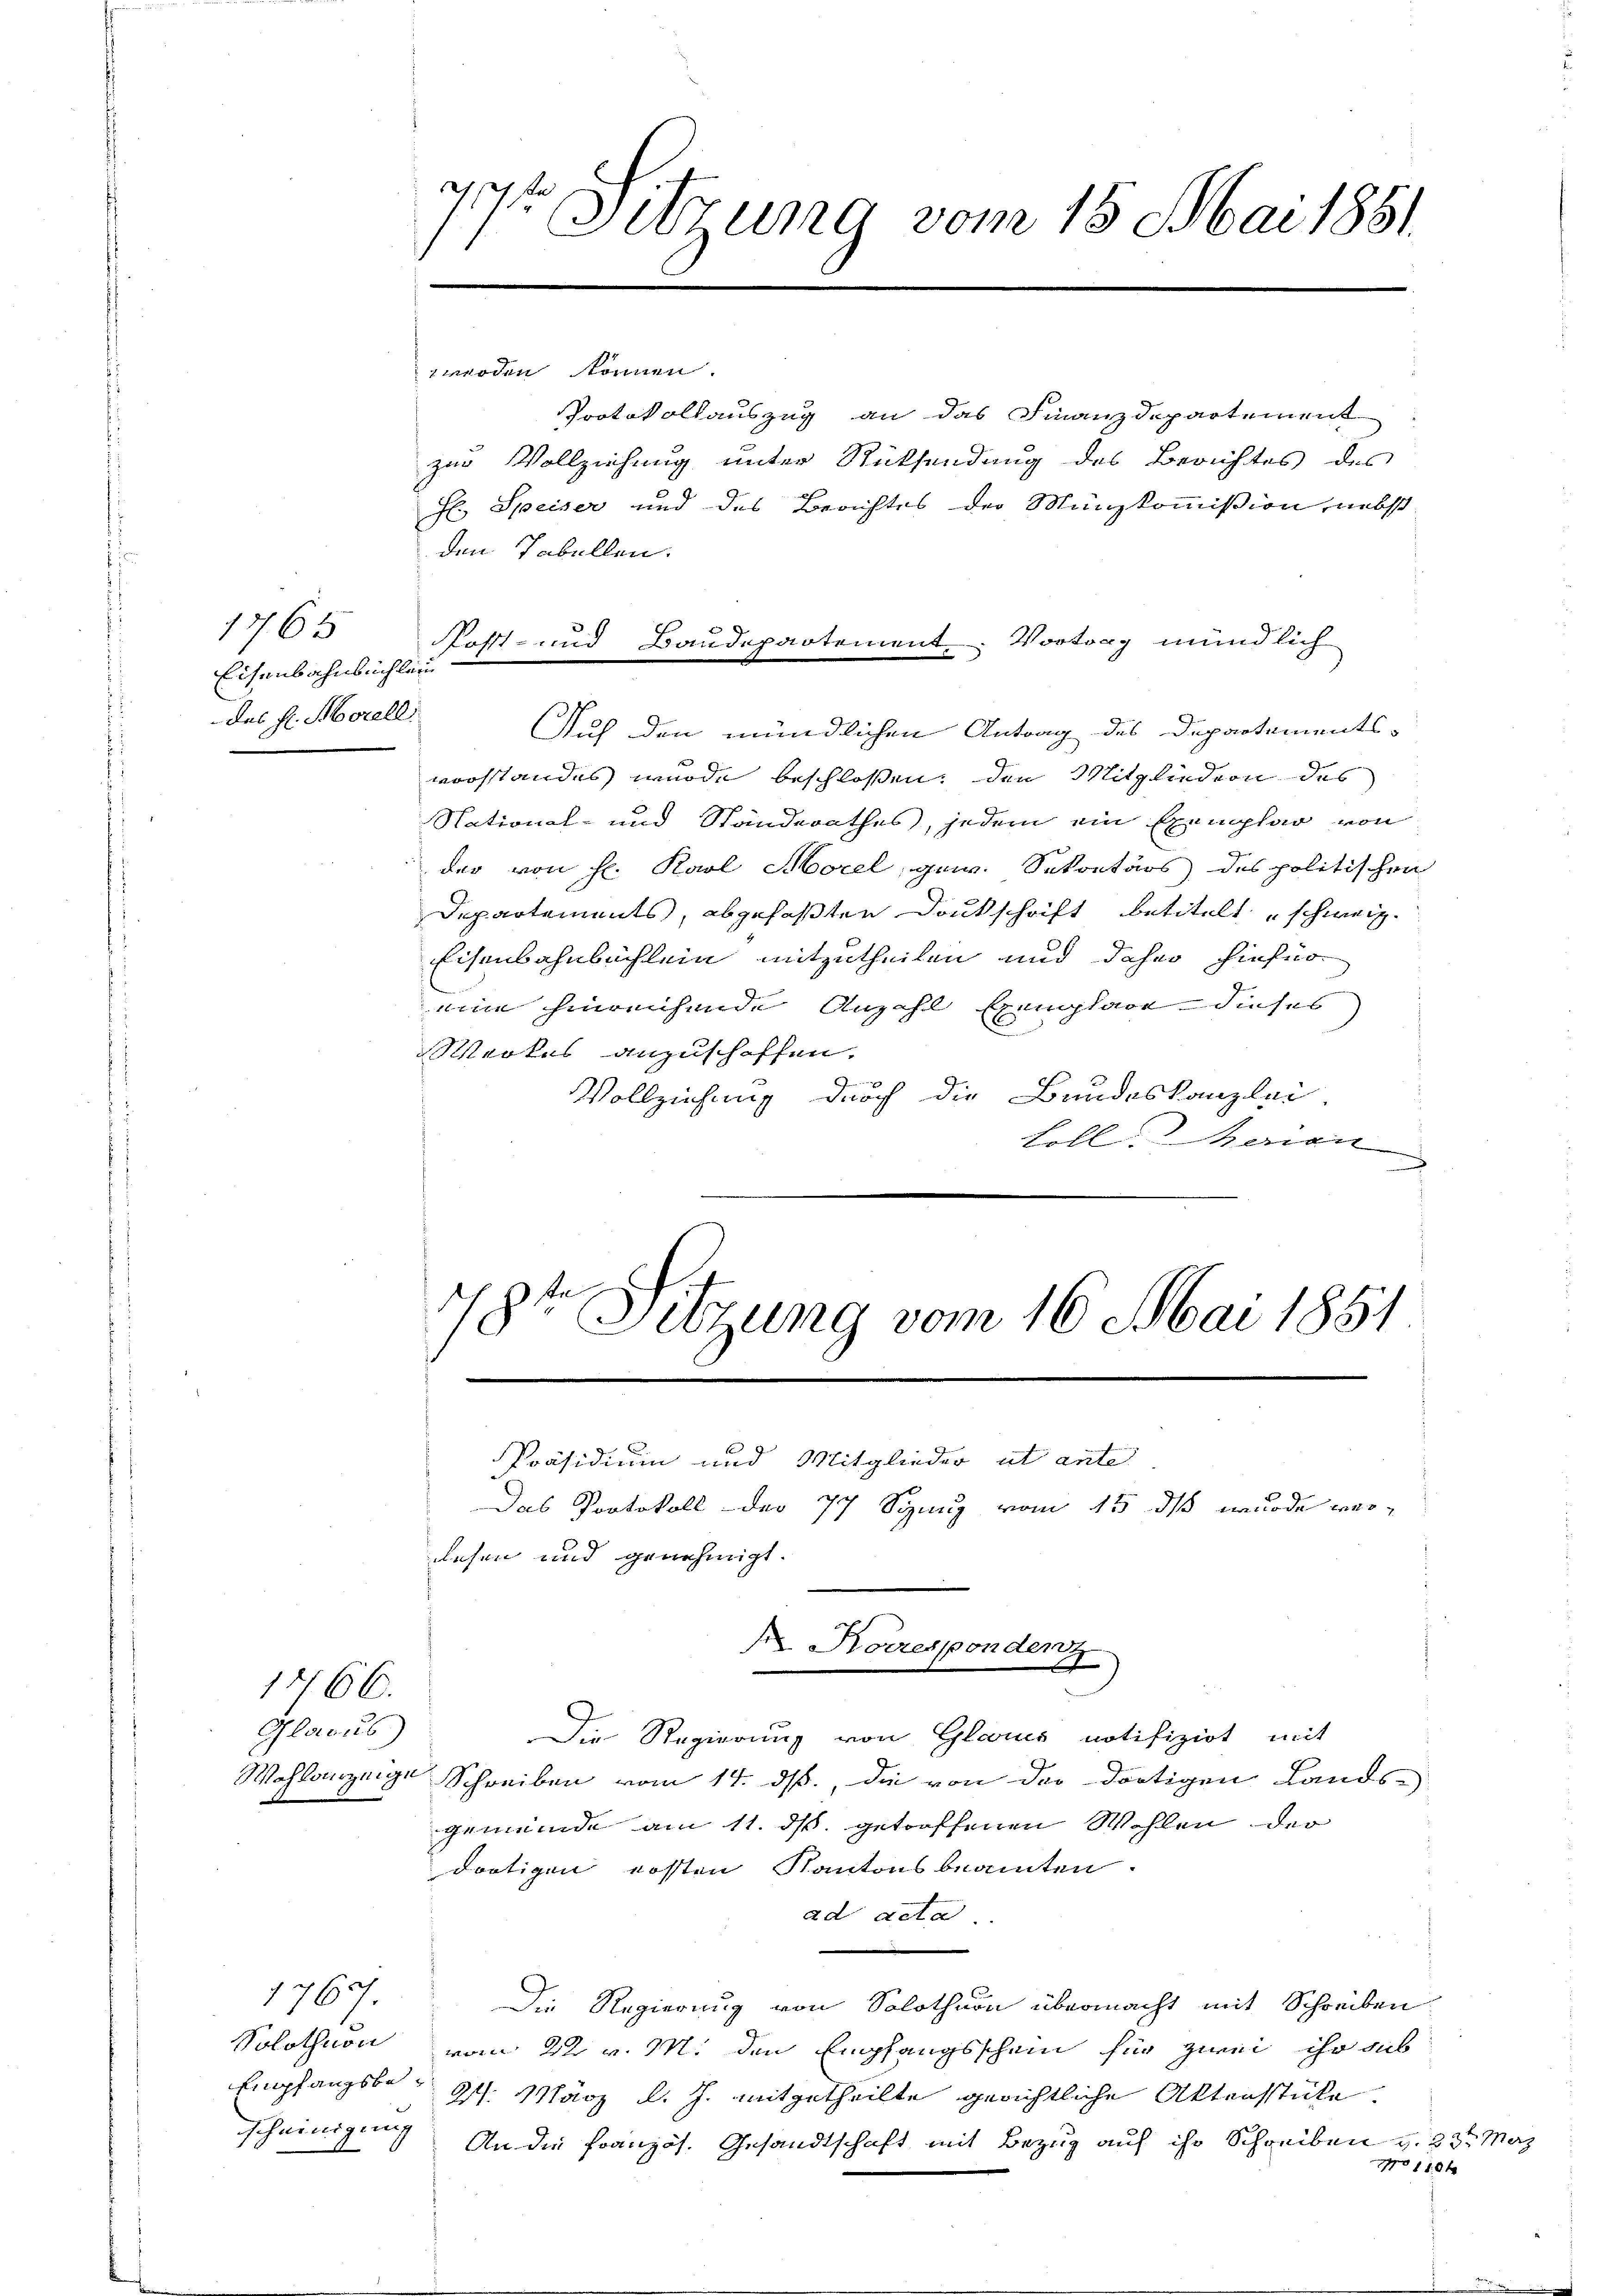
1765
Eisenbahnbuchlein
des H. Morell

1466.
Glarus
e

den Tabellen.

e
Sitzung vom 15. Mai 1851

werden kom

Post- und Baudepartement. Vortrag mündlich
e

Protokollauszug an das Finanzdepartement
zur Vollziehung unter Rücksendung des Berichtes des
fl. Speiser und des Berichtes der Münzkommißion, nebst
Auch den mündlichen Antrag des Departements-
vorstandes wurde beschlossen, den Mitgliedern des
National- und Standerathes, jedem ein Exemplar von
der von H. Karl Morel, gew. Sekretärs des politischen
Departements, abgefaßten Drukschrift betitelt schweiz.
Eisenbahnbichlein mitzutheilen und daher hiefür
uin hinreichende Anzahl Exemplare dieses
Werkes anzuschoffen.
Vollziehung durch die Bandeskanzlei-
Loll. Ferien
e

78te Sitzung vom 16. Mai 1851
Präsidium und Mitglieder ut ante

Das Protokoll der 77 Syung vom 15. ds wurde verlesen und genehmigt.
Die Regierung von Glarus notifizirt, mit
Wahlanzeige Schreiben vom 14. ds., die von der dortigen Lands-
gemeinde am 11. ds. getroffenen Wohlen der
dortigen ersten Kantonsbeamten.
ad acta
1767
Die Regierung von Solothurn übermacht mit Schreiben
Solothurn vom 22. v. M. den Empfangsschein für zwei ihr sub
Empfangsbe¬
27. März l. J. mitgetheilte gerichtliche Aktenstücke.
scheinigung
An die Französ. Gesandtschaft mit Bezug auf ihr Schreiben v. 23t Maÿ
No 110 x

s. Korrespondenz
A